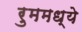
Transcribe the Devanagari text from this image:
रुममध्ये